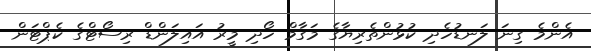
އެންމެ ގިނަ ލަނޑުހެދި ކުޅުންތެރިޔާގެ މަގާމް ހޯދި މީރު އައިލަންޑް ރިސޯޓްގެ ކެޕްޓަން